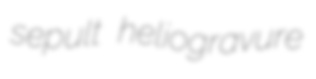
sepult heliogravure